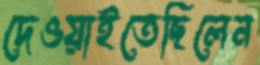
দেওয়াইতেছিলেন